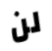
لن